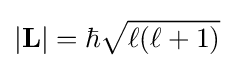
|\mathbf {L} |=\hbar {\sqrt {\ell (\ell +1)}}\,\!